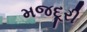
મજદૂરી